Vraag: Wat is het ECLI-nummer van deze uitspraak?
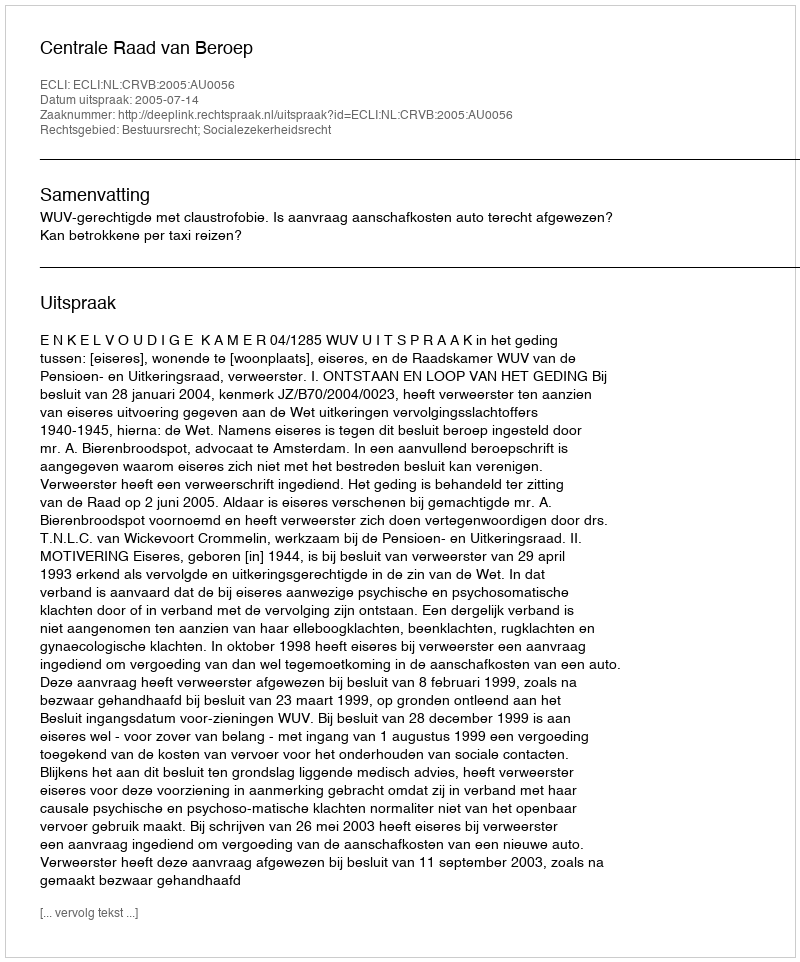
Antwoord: ECLI:NL:CRVB:2005:AU0056